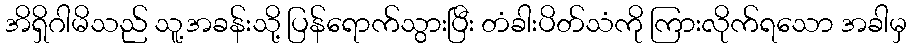
အိရှိဂါမိသည် သူ့အခန်းသို့ ပြန်ရောက်သွားပြီး တံခါးပိတ်သံကို ကြားလိုက်ရသော အခါမှ